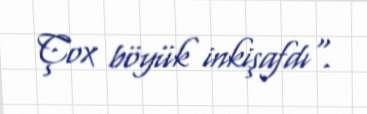
Çox böyük inkişafdı".